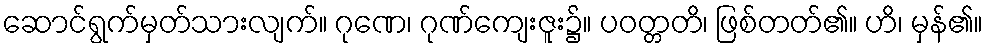
ဆောင်ရွက်မှတ်သားလျက်။ ဂုဏေ၊ ဂုဏ်ကျေးဇူး၌။ ပဝတ္တတိ၊ ဖြစ်တတ်၏။ ဟိ၊ မှန်၏။